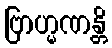
ဗြာဟ္မဏန္တိ